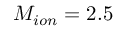
M _ { i o n } = 2 . 5